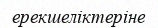
ерекшеліктеріне